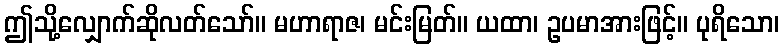
ဤသို့လျှောက်ဆိုလတ်သော်။ မဟာရာဇ၊ မင်းမြတ်။ ယထာ၊ ဥပမာအားဖြင့်။ ပုရိသော၊